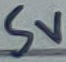
Text: 5V